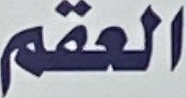
العقم